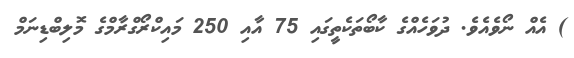
) އެއް ނޯވެއެވެ. ދުވަހެއްގެ ކާބޯތަކެތީގައި 75 އާއި 250 މައިކްރޯގްރާމްގެ މޮލިބްޑިނަމް